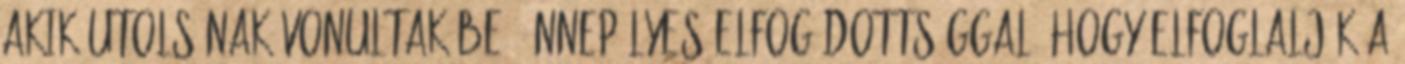
akik utolsónak vonultak be, ünnepélyes elfogódottsággal, hogy elfoglalják a